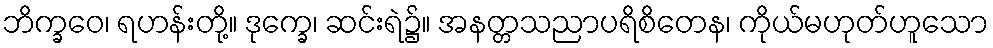
ဘိက္ခဝေ၊ ရဟန်းတို့။ ဒုက္ခေ၊ ဆင်းရဲ၌။ အနတ္တသညာပရိစိတေန၊ ကိုယ်မဟုတ်ဟူသော